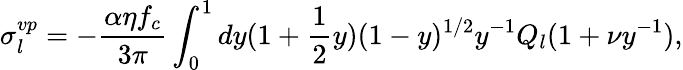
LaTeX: \sigma_{l}^{vp}=-\frac{\alpha\eta f_{c}}{3\pi}\int_{0}^{1}dy(1+\frac{1}{2}y)(1-y)^{1/2}y^{-1}Q_{l}(1+\nu y^{-1}),